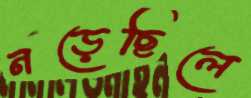
নড়েছিলে